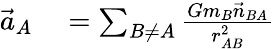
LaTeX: \begin{array}{rl}{{\vec{a}}_{A}}&{{}=\sum_{B\not=A}{\frac{Gm_{B}{\vec{n}}_{BA}}{r_{AB}^{2}}}}\end{array}